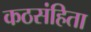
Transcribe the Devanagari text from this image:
कठसंहिता